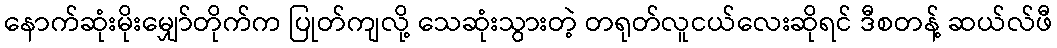
နောက်ဆုံးမိုးမျှော်တိုက်က ပြုတ်ကျလို့ သေဆုံးသွားတဲ့ တရုတ်လူငယ်လေးဆိုရင် ဒီစတန့် ဆယ်လ်ဖီ